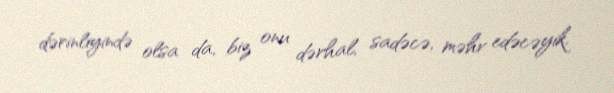
dərinliyində olsa da, biz onu dərhal, sadəcə, məhv edəcəyik.